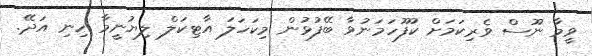
ވީމާ ނޫސް ވެރިކަމަށް ކުފޫހަމަނުވާ ބޭފުޅުން މިކަހަލަ އާޓިކަލް ލިޔުނީމާ ހިނި އަދޭ.